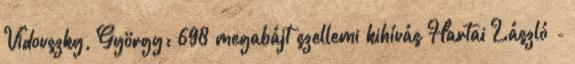
Vidovszky, György: 698 megabájt szellemi kihívás Hartai László -